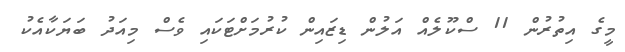
މީގެ އިތުރުން 11 ސްކޫލެއް އަލުން ޑިޒައިން ކުރުމަށްޓަކައި ވެސް މިއަދު ބަޔަކާއެކު